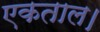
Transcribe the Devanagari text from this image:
एकताल।